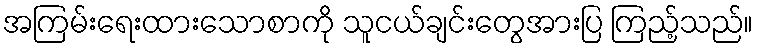
အကြမ်းရေးထားသောစာကို သူငယ်ချင်းတွေအားပြ ကြည့်သည်။